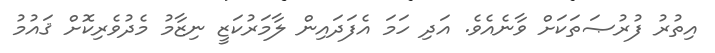
އިތުރު ފުރުޞަތަކަށް ވާނެއެވެ. އަދި ހަމަ އެފަދައިން ލާމަރުކަޒީ ނިޒާމު މެދުވެރިކޮށް ޤައުމު